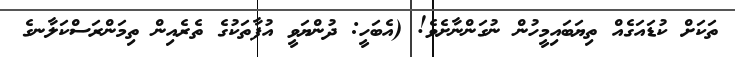
ތަކަށް ކުޑައަގެއް ތިޔަބައިމީހުން ނުގަންނާށެވެ! (އެބަހީ: ދުންޔަވީ އުފާތަކުގެ ތެރެއިން ތިމަންރަސްކަލާނގެ